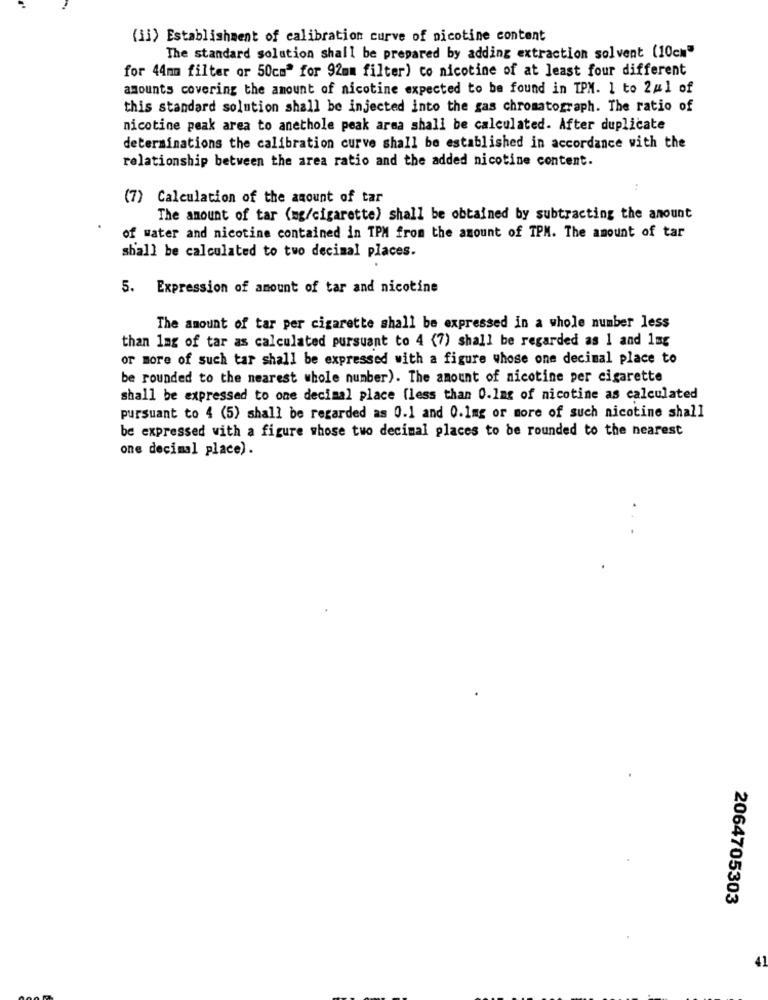
(ii) Establishment of calibration curve of nicotine content
The standard solution shall be prepared by adding extraction solvent (10cm"
for 44mm filter or 50cm" for 92mm filter) co nicotine of at least four different
amounts covering the amount of nicotine expected to be found in IPM. 1 to 2#1 of
this standard solution shall be injected into the gas chromatograph. The ratio of
nicotine peak area to anethole peak arma shall be calculated. After duplicate
determinations the calibration curve shall be established in accordance with the
relationship between the area ratio and the added nicotine content.
(7) Calculation of the amount of tar
The amount of tar (mg/cigarette) shall be obtained by subtracting the amount
of water and nicotine contained in TPM from the amount of TPM. The amount of tar
shall be calculated to two decimal places.
5. Expression of amount of tar and nicotine
The amount of tar per cigarette shall be expressed in a whole number less
than 1mg of tar as calculated pursuant to 4 (7) shall be regarded as 1 and 1mg
or more of such tar shall be expressed with a figure whose one decimal place to
be rounded to the nearest whole number). The amount of nicotine per cigarette
shall be expressed to one decimal place (less than 0.1mg of nicotine as calculated
pursuant to 4 (5) shall be regarded as 0.1 and 0.1mg or more of such nicotine shall
be expressed with a figure whose two decimal places to be rounded to the nearest
one decimal place).
2064705303
41